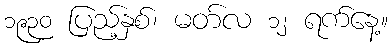
၁၉၃၀ ပြည့်နှစ်၊ မတ်လ ၁၂ ရက်နေ့။